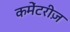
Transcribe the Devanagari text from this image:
कमेंटरीज़